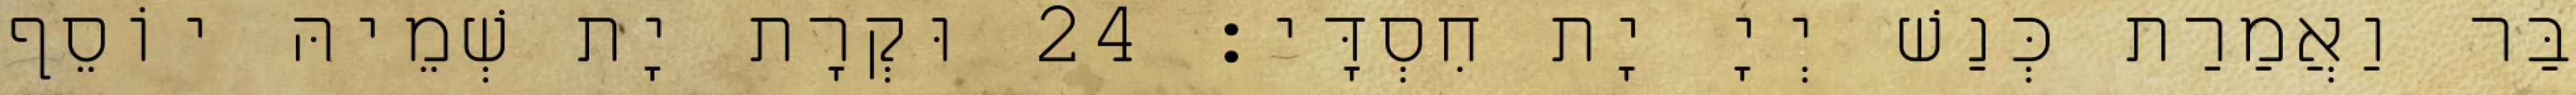
בַּר וַאֲמַרַת כְּנַשׁ יְיָ יָת חִסְדָּי׃ 24 וּקְרָת יָת שְׁמֵיהּ יוֹסֵף